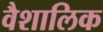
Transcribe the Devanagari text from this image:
वैशालिक